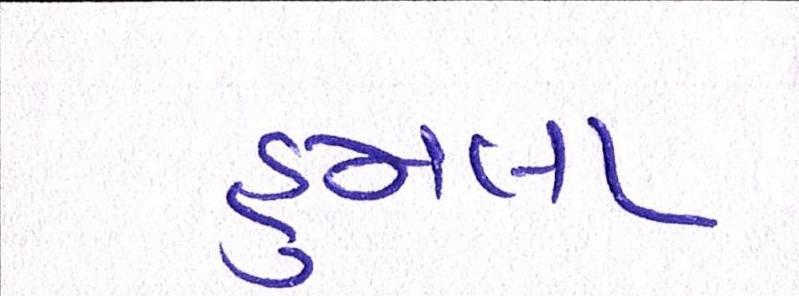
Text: હુમલા